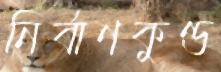
নির্বাণকুণ্ড